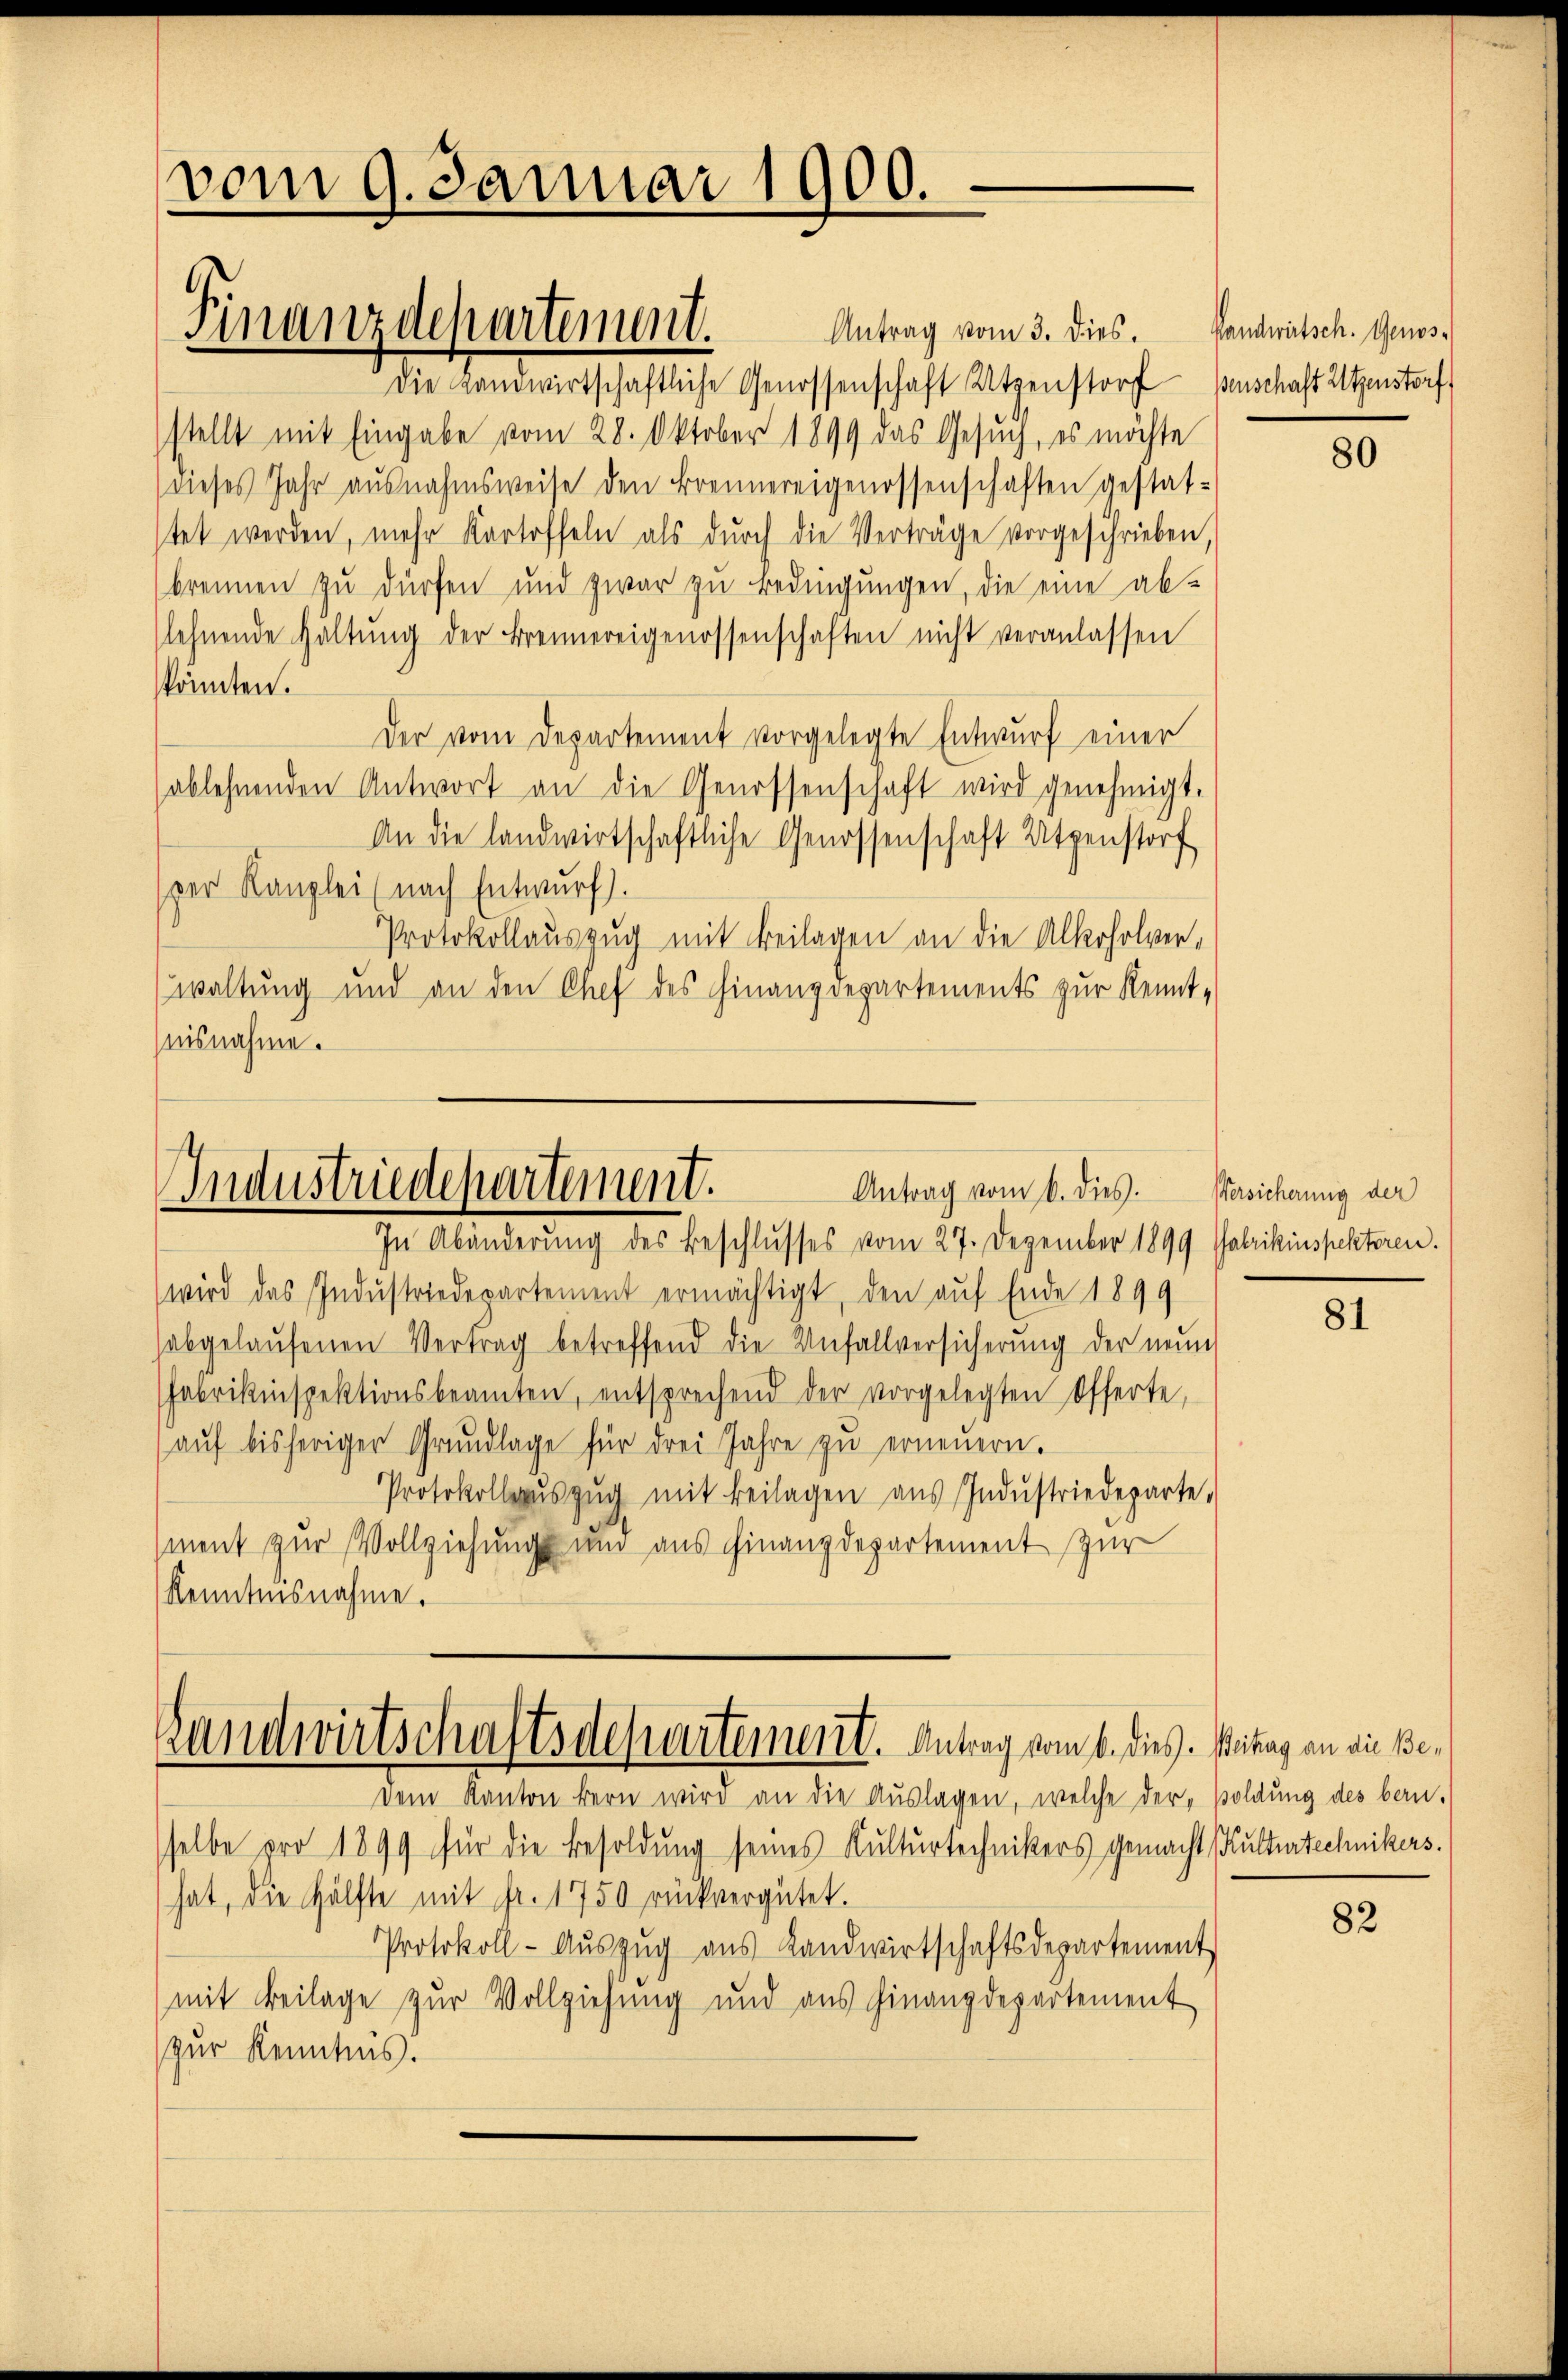
vom 9. Januar 1900.

Antrag vom 3. dies.
Die Landwirtschaftliche Genossenschaft Utzenstorf penschaft Utzenstorf)
stellt mit Eingabe vom 28. Oktober 1899 das Gesŭch, es möchte
dieses Jahr ausnahmsweise den Brennereigenossenschaften gestat-
stet werden, mehr Kartoffeln als durch die Verträge vorgeschrieben
brennen zu dürfen und zwar zu Bedingungen, die eine ab-
flehnende Haltŭng der Brennereigenossenschaften nicht veranlassen
könnten.
Der vom Departement vorgelegte Entwurf einer
ablehnenden Antwort an die Genossenschaft wird genehmigt.
An die landwirtschaftliche Genossenschaft Utzenstorf
der Kanzlei (nach Entwŭrf).
Protokollauszug mit Beilagen an die Alkoholver,
waltung und an den Chef des Finanzdepartements zur Kenntnisnahme.

Finanzdepartement.

Antrag vom 6. dies.
Industriedepartement.
In Abänderung des Beschlusses vom 27. Dezember 1899 Fabrikinspekteren.

wird das Industriedepartement ermächtigt, den auf Ende 1899
habgelaŭfenen Vertrag betreffend die Unfallversicherŭng der neŭn
Fabrikinspektionsbeamten, entsprechend der vorgelegten Offerte,
aŭf bisheriger Grundlage für drei Jahre zu erneuern.
Protokollaŭszŭg mit Beilagen aŭs Indŭstriedeparte.
ment zur Vollziehung und aus Finanzdepartement zur
Kenntnisnahme.

Randwirtschaftsdepartement. Antrag vom 6. dies. Pitag an die Bedem Kanton kern wird an die Auslagen, welche der „soldung des bern.

selbe pro 1899 für die Besoldung seines Kulturtechnikers gemacht (Kulturtechnikers.
hat, die Hälfte mit Fr. 1750 rückvergütet.
Protokoll-Aŭszŭg aŭs Landwirtschaftsdepartement
(mit Beilage zur Vollziehung und aus Finanzdepartement
zur Kenntnis.

Handwirtsch. Genos¬

80

Versicherung der

81

82